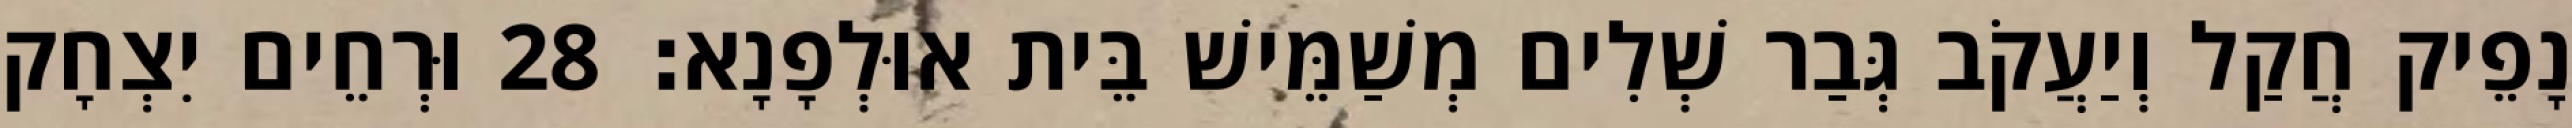
נָפֵיק חֲקַל וְיַעֲקֹב גְּבַר שְׁלִים מְשַׁמֵּישׁ בֵּית אוּלְפָנָא׃ 28 וּרְחֵים יִצְחָק